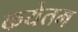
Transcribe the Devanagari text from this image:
कयेतम